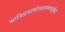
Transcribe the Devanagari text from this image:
भाविप्रमावोज्जलमव्यबुद्धिः